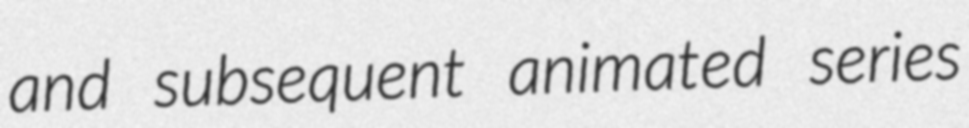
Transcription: and subsequent animated series